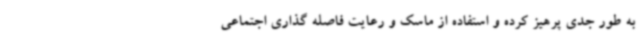
به طور جدی پرهیز کرده و استفاده از ماسک و رعایت فاصله گذاری اجتماعی